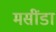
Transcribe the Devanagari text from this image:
मसींडा